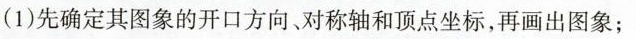
(1)先确定其图象的开口方向、对称轴和顶点坐标，再画出图象；